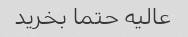
عالیه حتما بخرید